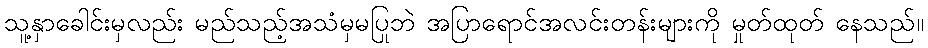
သူ့နှာခေါင်းမှလည်း မည်သည့်အသံမှမပြုဘဲ အပြာရောင်အလင်းတန်းများကို မှုတ်ထုတ် နေသည်။